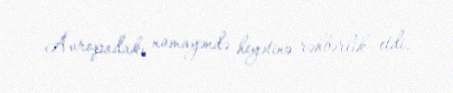
Avropadakı nümayəndə heyətinə rəhbərlik etdi.